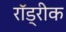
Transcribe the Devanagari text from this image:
रॉड्रीक